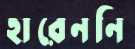
হারেননি